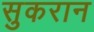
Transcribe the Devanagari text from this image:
सुकरान